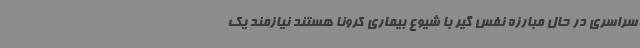
سراسری در حال مبارزه نفس گیر با شیوع بیماری کرونا هستند نیازمند یک